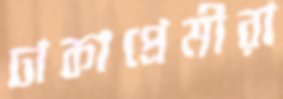
ঢাকাপ্রেমীরা